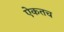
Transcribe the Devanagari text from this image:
ऐकतच